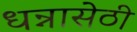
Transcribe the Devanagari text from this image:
धन्नासेठी